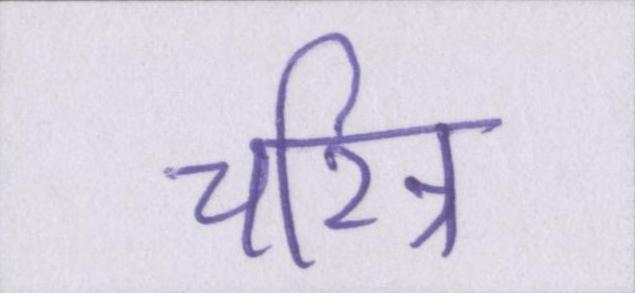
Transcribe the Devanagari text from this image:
चरित्र